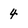
Character: 4